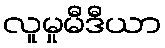
လူမှုမီဒီယာ